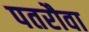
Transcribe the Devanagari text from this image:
पतरौवा